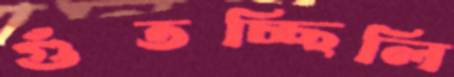
গুঁতচ্ছিলি